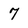
Character: 7